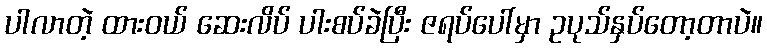
ပါလာတဲ့ ထားဝယ် ဆေးလိပ် ပါးစပ်ခဲပြီး ဇရပ်ပေါ်မှာ ဥပုသ်နှပ်တော့တာပဲ။